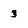
Character: 3